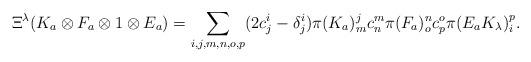
LaTeX: \begin{align*}\Xi^{\lambda}(K_{a}\otimes F_{a}\otimes1\otimes E_{a})=\sum_{i,j,m,n,o,p}(2c_{j}^{i}-\delta_{j}^{i})\pi(K_{a})_{m}^{j}c_{n}^{m}\pi(F_{a})_{o}^{n}c_{p}^{o}\pi(E_{a}K_{\lambda})_{i}^{p}.\end{align*}